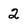
Character: 2